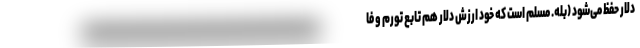
دلار حفظ می‌شود (بله. مسلم است که خود ارزش دلار هم تابع تورم و فا